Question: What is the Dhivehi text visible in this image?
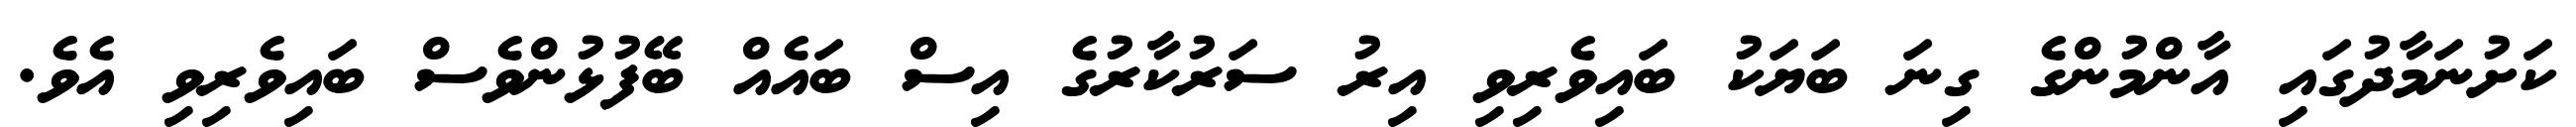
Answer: ކަށުނަމާދުގައި އާންމުންގެ ގިނަ ބަޔަކު ބައިވެރިވި އިރު ސަރުކާރުގެ އިސް ބައެއް ބޭފުޅުންވެސް ބައިވެރިވި އެވެ.